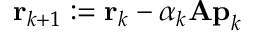
\mathbf { r } _ { k + 1 } : = \mathbf { r } _ { k } - \alpha _ { k } \mathbf { A p } _ { k }